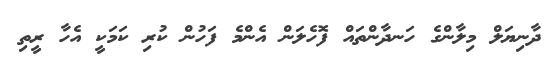
ދާނިޔަލް މިލާންގެ ހަނދާންތައް ފޮހެލަން އެންމެ ފަހުން ކުރި ކަމަކީ އެހާ ރީތި